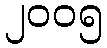
၂၀၀၅